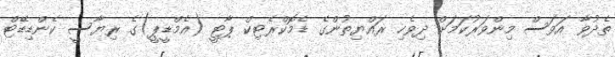
ތެދުވާ އަވަސް މިންވަރުކަމަށް ދިވެހި ރައްޔިތުންގެ ޑެމޮކްރެޓިކް ޕާޓީ (އެމްޑީޕީ)ގެ ރިޔާސީ ކެންޑިޑޭޓް